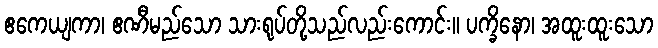
ဧကေယျကာ၊ ဧဏီမည်သော သားရုပ်တို့သည်လည်းကောင်း။ ပက္ခိနော၊ အထူးထူးသော